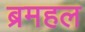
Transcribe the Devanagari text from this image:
ब्रमहल